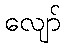
လျော်